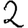
Digit: 2